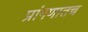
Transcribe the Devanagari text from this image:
प्रांगणातच